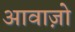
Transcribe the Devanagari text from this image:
आवाज़ो